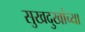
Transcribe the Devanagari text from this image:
सुखदुखांच्या